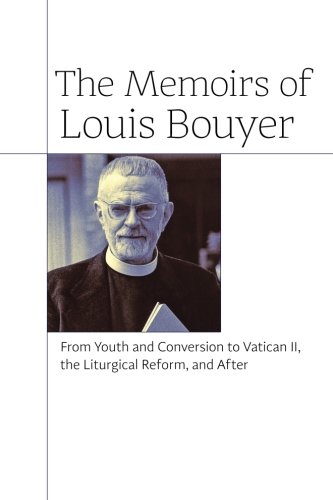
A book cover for The Memoirs of Louis Bouyer: From Youth and Conversion to Vatican II, the Liturgical Reform, and After; Louis Bouyer; Christian Books & Bibles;